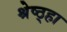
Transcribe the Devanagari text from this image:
श्रेष्ठ्हा